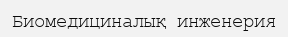
Биомедициналық инженерия